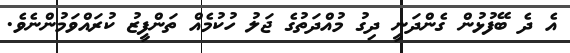
އެ ދެ ބޭފުޅުން ގެންދަނީ ދިގު މުއްދަތުގެ ޖަލު ހުކުމެއް ތަންފީޒު ކުރައްވަމުންނެވެ.